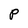
Character: P